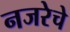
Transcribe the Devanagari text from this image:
नजरेचे